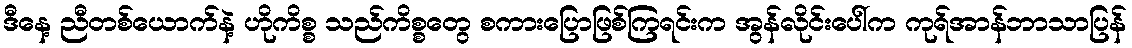
ဒီနေ့ ညီတစ်ယောက်နဲ့ ဟိုကိစ္စ သည်ကိစ္စတွေ စကားပြောဖြစ်ကြရင်းက အွန်လိုင်းပေါ်က ကုရ်အာန်ဘာသာပြန်